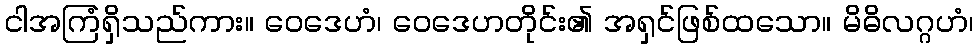
ငါအကြံရှိသည်ကား။ ဝေဒေဟံ၊ ဝေဒေဟတိုင်း၏ အရှင်ဖြစ်ထသော။ မိဓိလဂ္ဂဟံ၊